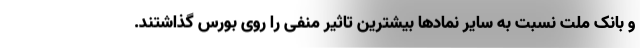
و بانک ملت نسبت به سایر نمادها بیشترین تاثیر منفی را روی بورس گذاشتند.